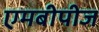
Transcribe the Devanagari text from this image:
एमबीपीज